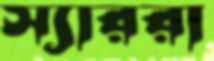
স্যাররা